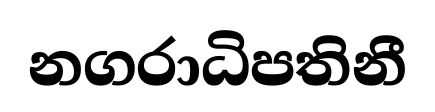
නගරාධිපතිනී